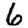
Digit: 6